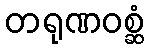
တရုဏဝစ္ဆံ